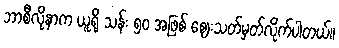
ဘာစီလိုနာက ယူရို သန်း ၅၀ အဖြစ် ဈေးသတ်မှတ်လိုက်ပါတယ်။